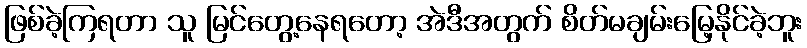
ဖြစ်ခဲ့ကြရတာ သူ မြင်တွေ့နေရတော့ အဲဒီအတွက် စိတ်မချမ်းမြေ့နိုင်ခဲ့ဘူး